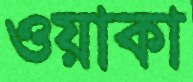
ওয়াকা